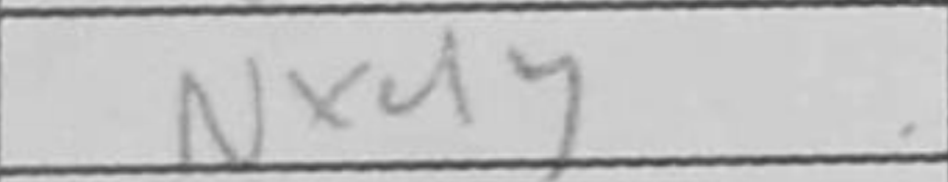
Transcription: Nxd4